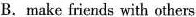
B.make friends with others